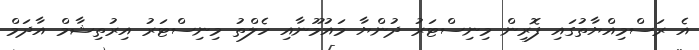
އެ ރަސްމިއްޔާތުގައި ފޮރިން މިނިސްޓަރު ދުންޔާ މައުމޫނާއި ހެލްތު މިނިސްޓަރު އިރުތިޝާމް އާދަމް